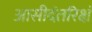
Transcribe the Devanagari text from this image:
आसीदंतरिक्षं